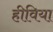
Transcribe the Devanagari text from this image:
हीविया